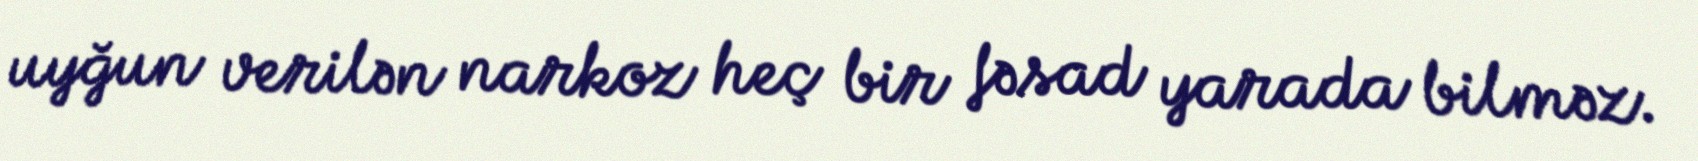
uyğun verilən narkoz heç bir fəsad yarada bilməz.